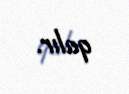
qalır.